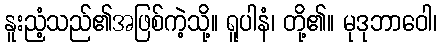
နူးညံ့သည်၏အဖြစ်ကဲ့သို့။ ရူပါနံ၊ တို့၏။ မုဒုဘာဝေါ၊